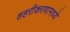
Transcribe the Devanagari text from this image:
शहरीकरणामध्ये